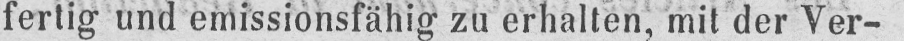
fertig und emissionsfähig zu erhalten, mit der Ver-